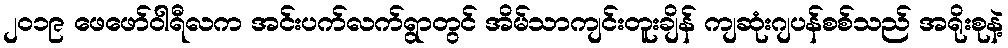
၂၀၁၉ ဖေဖော်ဝါရီလက အင်းပက်လက်ရွာတွင် အိမ်သာကျင်းတူးချိန် ကျဆုံးဂျပန်စစ်သည် အရိုးစုနဲ့